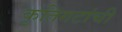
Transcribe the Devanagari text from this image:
कृतिगटांची